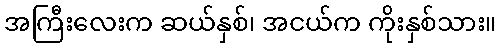
အကြီးလေးက ဆယ်နှစ်၊ အငယ်က ကိုးနှစ်သား။